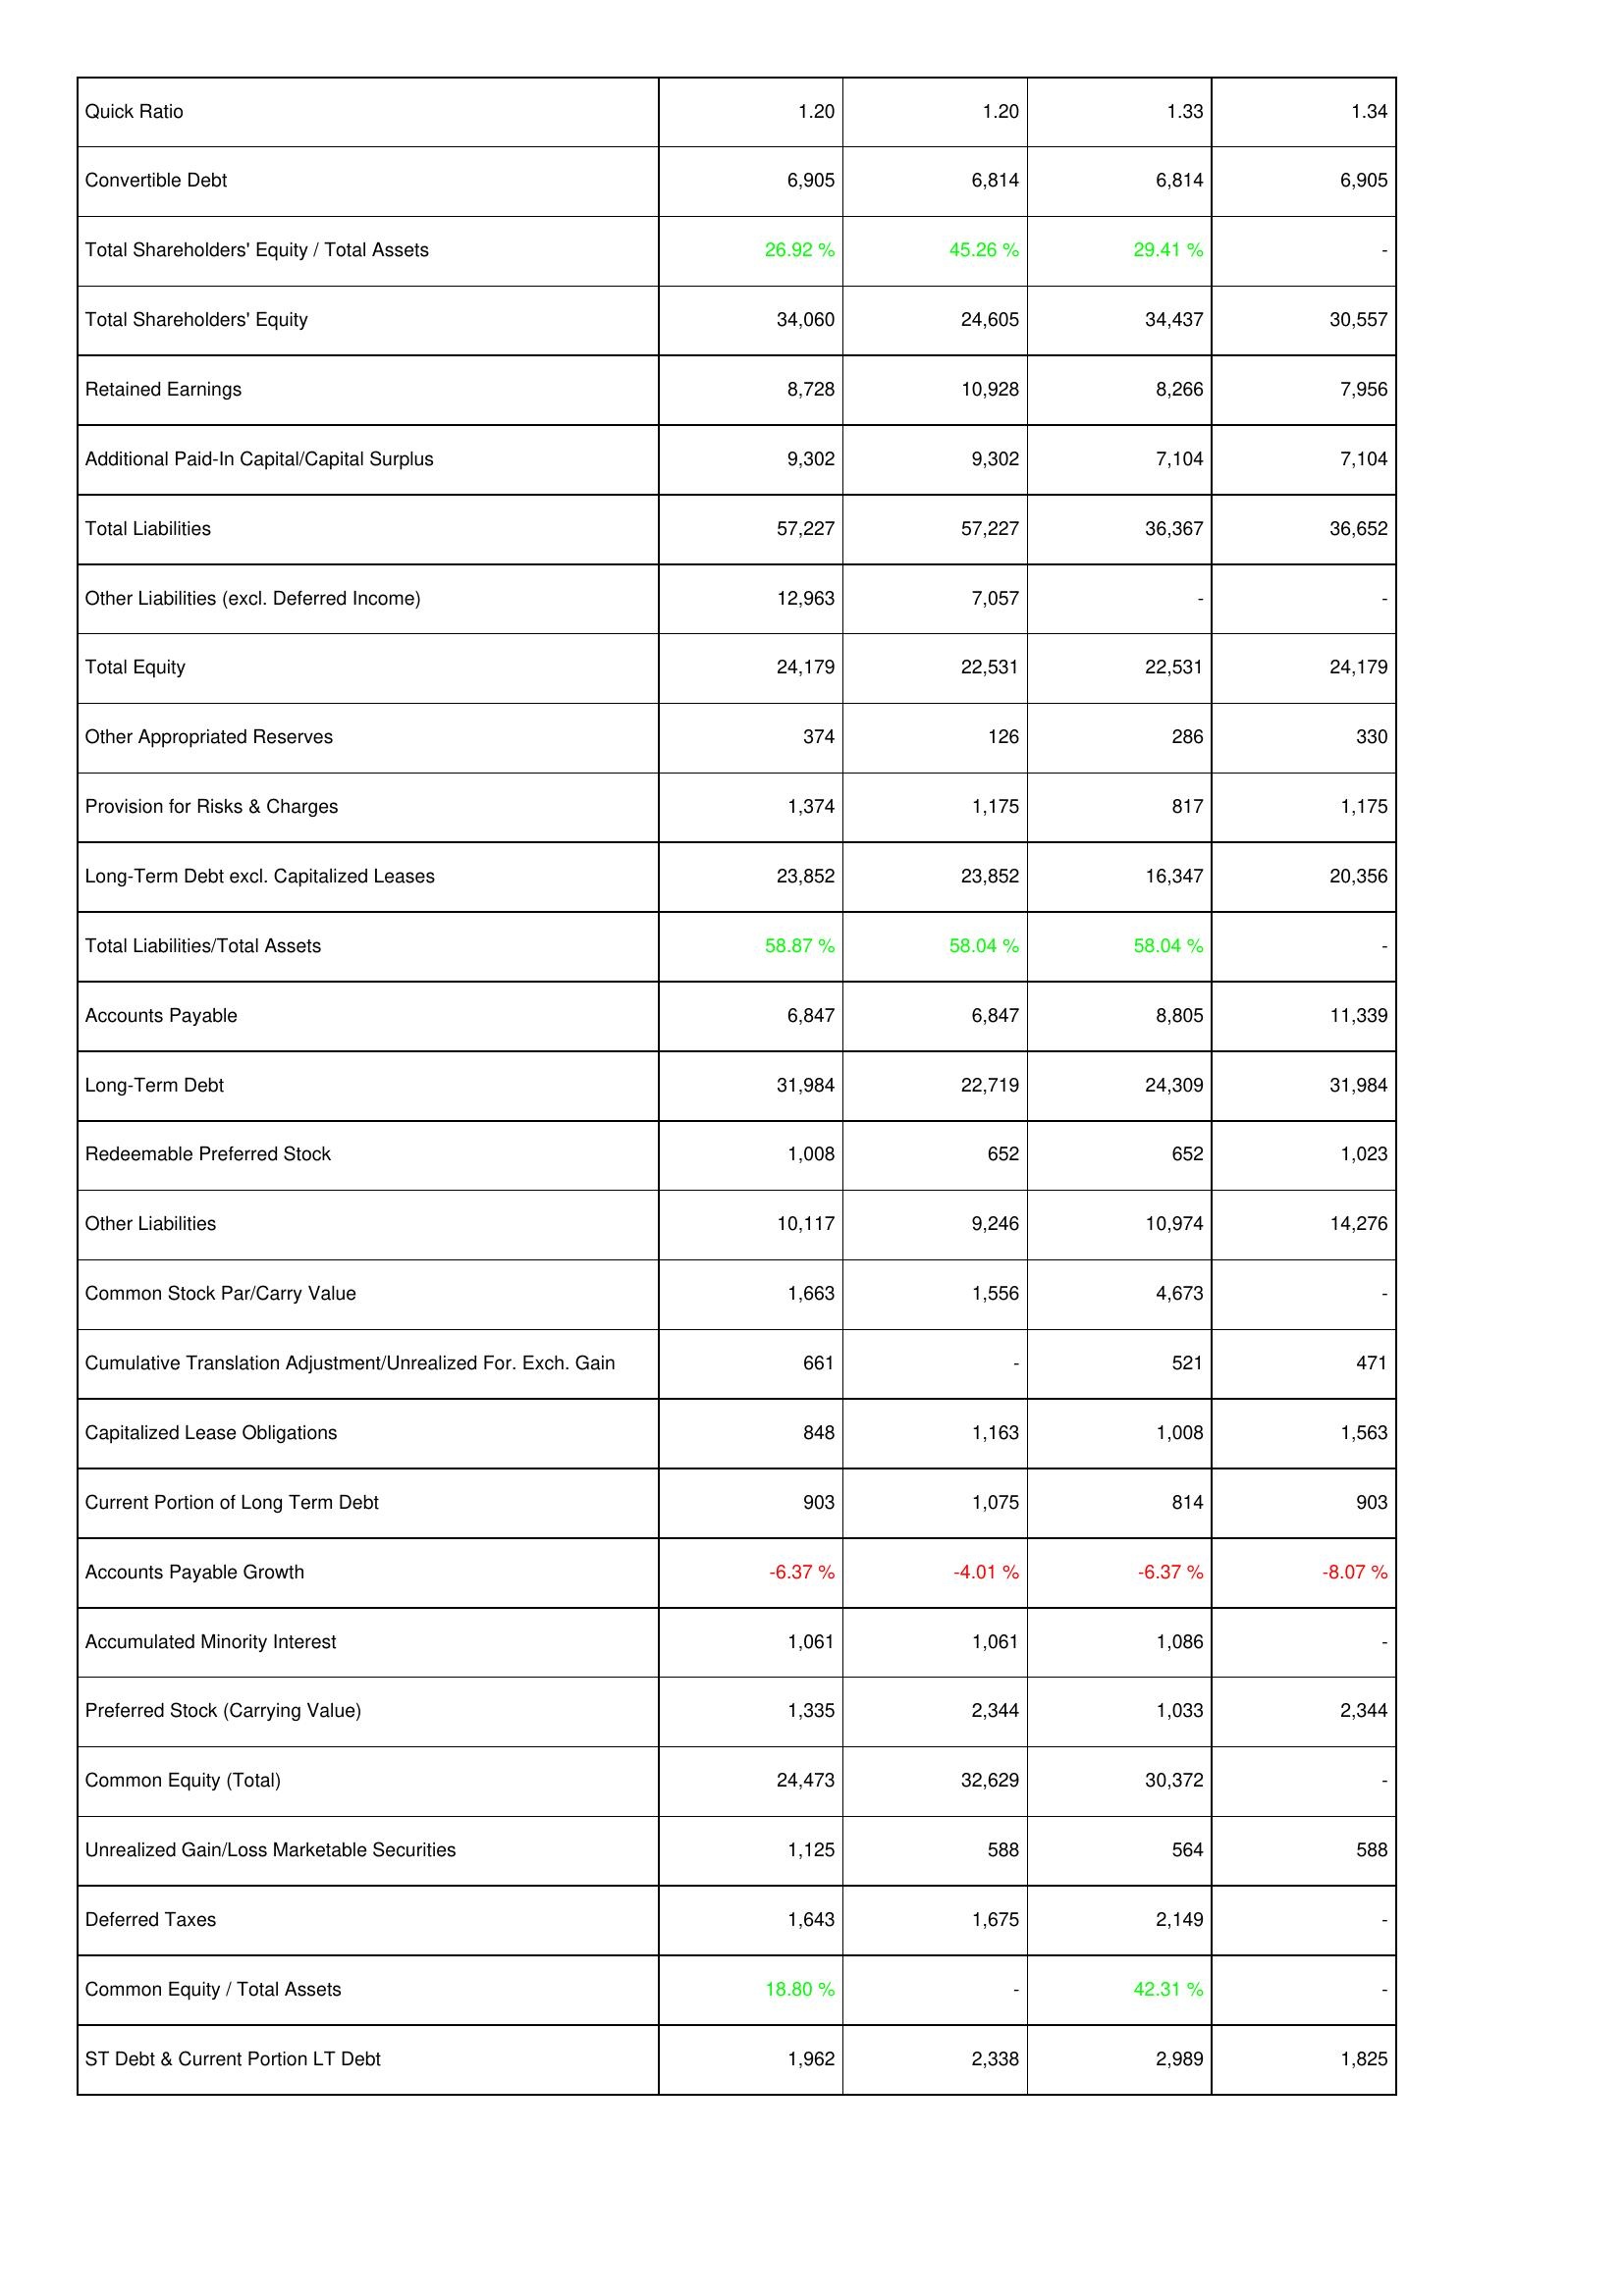
2023: Liabilities & Shareholders' Equity: Quick Ratio: 1.20
Convertible Debt: 6,905
Total Shareholders' Equity / Total Assets: 26.92 %
Total Shareholders' Equity: 34,060
Retained Earnings: 8,728
Additional Paid-In Capital/Capital Surplus: 9,302
Total Liabilities: 57,227
Other Liabilities (excl. Deferred Income): 12,963
Total Equity: 24,179
Other Appropriated Reserves: 374
Provision for Risks & Charges: 1,374
Long-Term Debt excl. Capitalized Leases: 23,852
Total Liabilities/Total Assets: 58.87 %
Accounts Payable: 6,847
Long-Term Debt: 31,984
Redeemable Preferred Stock: 1,008
Other Liabilities: 10,117
Common Stock Par/Carry Value: 1,663
Cumulative Translation Adjustment/Unrealized For. Exch. Gain: 661
Capitalized Lease Obligations: 848
Current Portion of Long Term Debt: 903
Accounts Payable Growth: -6.37 %
Accumulated Minority Interest: 1,061
Preferred Stock (Carrying Value): 1,335
Common Equity (Total): 24,473
Unrealized Gain/Loss Marketable Securities: 1,125
Deferred Taxes: 1,643
Common Equity / Total Assets: 18.80 %
ST Debt & Current Portion LT Debt: 1,962
2022: Liabilities & Shareholders' Equity: Quick Ratio: 1.20
Convertible Debt: 6,814
Total Shareholders' Equity / Total Assets: 45.26 %
Total Shareholders' Equity: 24,605
Retained Earnings: 10,928
Additional Paid-In Capital/Capital Surplus: 9,302
Total Liabilities: 57,227
Other Liabilities (excl. Deferred Income): 7,057
Total Equity: 22,531
Other Appropriated Reserves: 126
Provision for Risks & Charges: 1,175
Long-Term Debt excl. Capitalized Leases: 23,852
Total Liabilities/Total Assets: 58.04 %
Accounts Payable: 6,847
Long-Term Debt: 22,719
Redeemable Preferred Stock: 652
Other Liabilities: 9,246
Common Stock Par/Carry Value: 1,556
Cumulative Translation Adjustment/Unrealized For. Exch. Gain: -
Capitalized Lease Obligations: 1,163
Current Portion of Long Term Debt: 1,075
Accounts Payable Growth: -4.01 %
Accumulated Minority Interest: 1,061
Preferred Stock (Carrying Value): 2,344
Common Equity (Total): 32,629
Unrealized Gain/Loss Marketable Securities: 588
Deferred Taxes: 1,675
Common Equity / Total Assets: -
ST Debt & Current Portion LT Debt: 2,338
2021: Liabilities & Shareholders' Equity: Quick Ratio: 1.33
Convertible Debt: 6,814
Total Shareholders' Equity / Total Assets: 29.41 %
Total Shareholders' Equity: 34,437
Retained Earnings: 8,266
Additional Paid-In Capital/Capital Surplus: 7,104
Total Liabilities: 36,367
Other Liabilities (excl. Deferred Income): -
Total Equity: 22,531
Other Appropriated Reserves: 286
Provision for Risks & Charges: 817
Long-Term Debt excl. Capitalized Leases: 16,347
Total Liabilities/Total Assets: 58.04 %
Accounts Payable: 8,805
Long-Term Debt: 24,309
Redeemable Preferred Stock: 652
Other Liabilities: 10,974
Common Stock Par/Carry Value: 4,673
Cumulative Translation Adjustment/Unrealized For. Exch. Gain: 521
Capitalized Lease Obligations: 1,008
Current Portion of Long Term Debt: 814
Accounts Payable Growth: -6.37 %
Accumulated Minority Interest: 1,086
Preferred Stock (Carrying Value): 1,033
Common Equity (Total): 30,372
Unrealized Gain/Loss Marketable Securities: 564
Deferred Taxes: 2,149
Common Equity / Total Assets: 42.31 %
ST Debt & Current Portion LT Debt: 2,989
2020: Liabilities & Shareholders' Equity: Quick Ratio: 1.34
Convertible Debt: 6,905
Total Shareholders' Equity / Total Assets: -
Total Shareholders' Equity: 30,557
Retained Earnings: 7,956
Additional Paid-In Capital/Capital Surplus: 7,104
Total Liabilities: 36,652
Other Liabilities (excl. Deferred Income): -
Total Equity: 24,179
Other Appropriated Reserves: 330
Provision for Risks & Charges: 1,175
Long-Term Debt excl. Capitalized Leases: 20,356
Total Liabilities/Total Assets: -
Accounts Payable: 11,339
Long-Term Debt: 31,984
Redeemable Preferred Stock: 1,023
Other Liabilities: 14,276
Common Stock Par/Carry Value: -
Cumulative Translation Adjustment/Unrealized For. Exch. Gain: 471
Capitalized Lease Obligations: 1,563
Current Portion of Long Term Debt: 903
Accounts Payable Growth: -8.07 %
Accumulated Minority Interest: -
Preferred Stock (Carrying Value): 2,344
Common Equity (Total): -
Unrealized Gain/Loss Marketable Securities: 588
Deferred Taxes: -
Common Equity / Total Assets: -
ST Debt & Current Portion LT Debt: 1,825